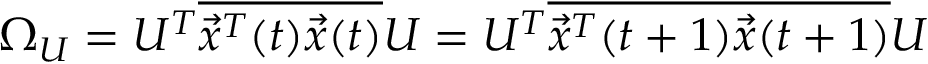
\Omega _ { U } = U ^ { T } \overline { { \vec { x } ^ { T } ( t ) \vec { x } ( t ) } } U = U ^ { T } \overline { { \vec { x } ^ { T } ( t + 1 ) \vec { x } ( t + 1 ) } } U